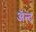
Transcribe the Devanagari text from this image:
ॲन्ट